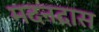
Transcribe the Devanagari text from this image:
मदनदास